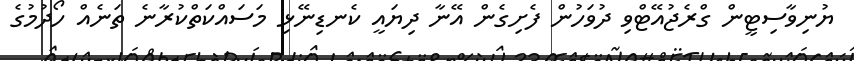
ޔުނިވާސިޓީން ގްރެޖުއޭޓްވި ދުވަހުން ފެށިގެން އޭނާ ދިޔައީ ކެނޑިނޭޅި މަސައްކަތްކުރާނެ ތަނެއް ހޯދުމުގެ